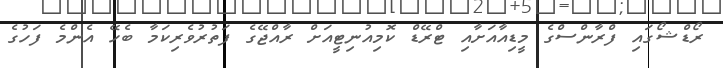
ރޯޑްޝޯގައި ފްރާންސްގެ މީޑިއާއަށާއި ޓްރޭޑް ކޮމިއުނިޓީއަށް ރާއްޖޭގެ ފަތުރުވެރިކަމާ ބެހޭ އެންމެ ފަހުގެ